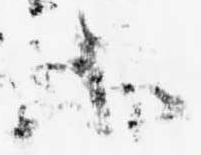
等